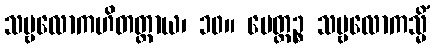
သဗ္ဗလောကဟိတတ္ထာယ၊ ၁၀။ မေတ္တဉ္စ သဗ္ဗလောကသ္မိံ